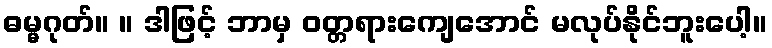
ဓမ္မဂုတ်။ ။ ဒါဖြင့် ဘာမှ ဝတ္တရားကျေအောင် မလုပ်နိုင်ဘူးပေါ့။